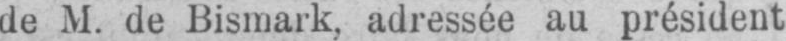
de M. de Bismark, adressée au président